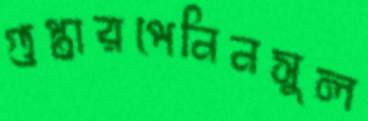
গুপ্তারপেনিনসুল